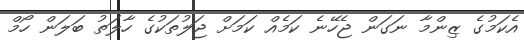
އެކަމުގެ ޒިންމާ ނަގަން ޖެހޭނެ ކަމެއް ކަމަށް ޖަލުތަކުގެ ހާލަތު ބަލަން ހޯމް